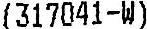
(317041-W)